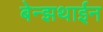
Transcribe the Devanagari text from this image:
बेन्झथाईन